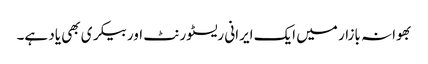
بھوانہ بازار میں ایک ایرانی ریسٹورنٹ اور بیکری بھی یاد ہے۔